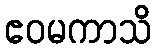
ဧဝမကာသိ